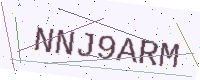
Text: NNJ9ARM